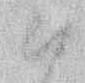
ハ